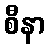
စီနာ